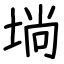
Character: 埫